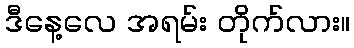
ဒီနေ့လေ အရမ်း တိုက်လား။